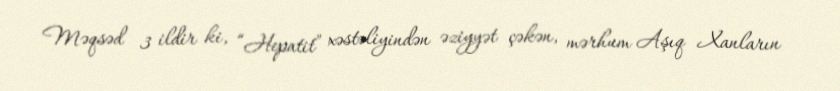
Məqsəd 3 ildir ki, “Hepatit” xəstəliyindən əziyyət çəkən, mərhum Aşıq Xanların